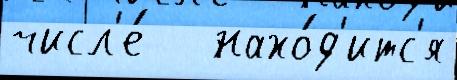
числ'е́   нахо́д'итс'я